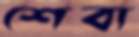
শেবা